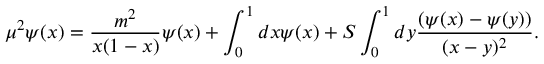
\mu ^ { 2 } \psi ( x ) = \frac { m ^ { 2 } } { x ( 1 - x ) } \psi ( x ) + \int _ { 0 } ^ { 1 } d x \psi ( x ) + { \cal S } \int _ { 0 } ^ { 1 } d y \frac { ( \psi ( x ) - \psi ( y ) ) } { ( x - y ) ^ { 2 } } .